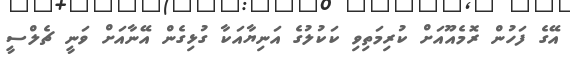
އޭގެ ފަހުން ރޮމެއޫއަށް ކުރިމަތިވި ކަކުލުގެ އަނިޔާއަކާ ގުޅިގެން އޭނާއަށް ވަނީ ޗެލްސީ